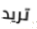
تريد